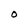
Character: O